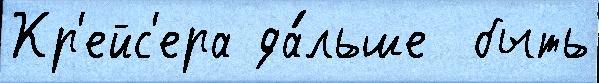
Кр'ейс'ера да́льше  быть